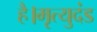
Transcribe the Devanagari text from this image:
है।मृत्युदंड